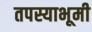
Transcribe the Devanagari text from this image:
तपस्याभूमी